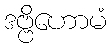
ဒဗ္ဗိဟောမံ